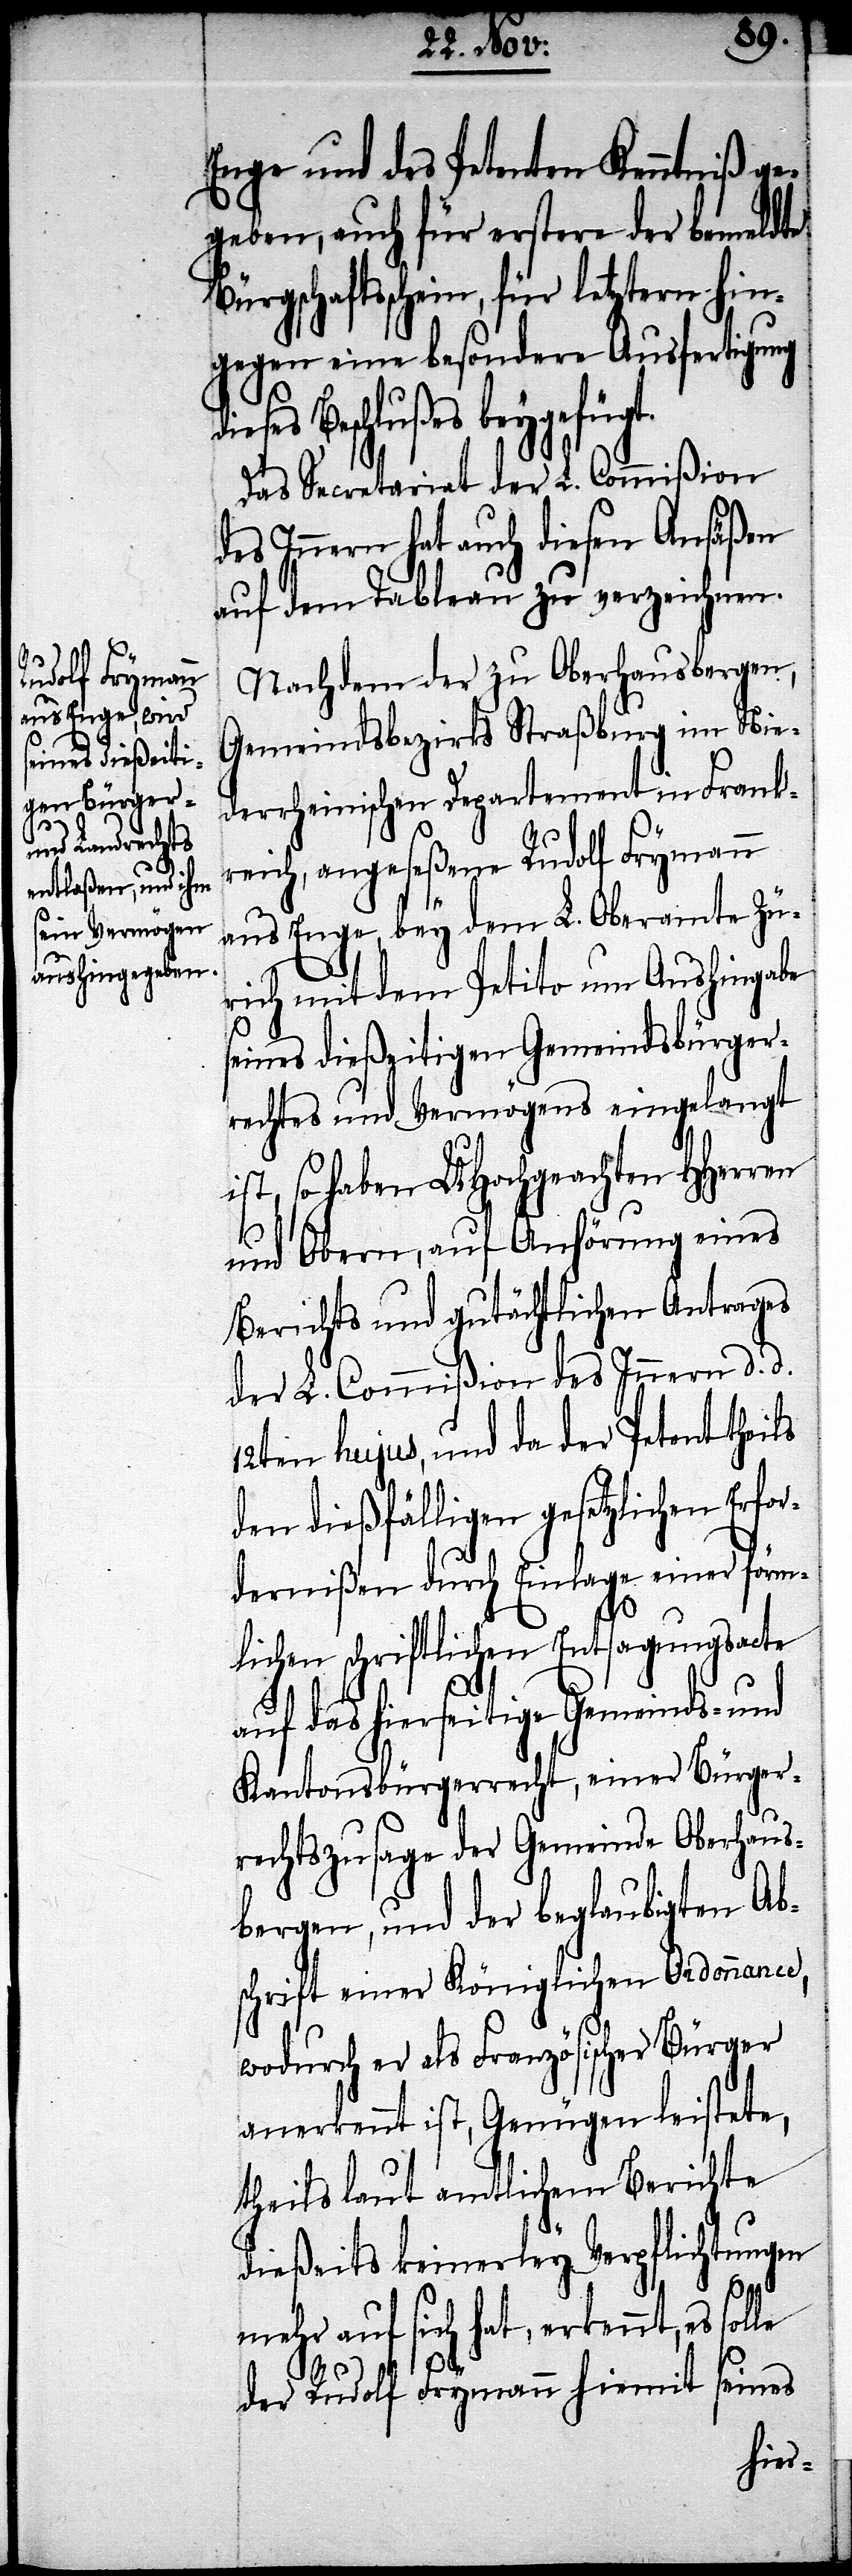
Enge und des Petenten Kenntniß ge¬
geben, auch für erstere der bemeldte
Bürgschaftsschein, für letztern hin¬
gegen eine besonderer Ausfertigung
es Beschlußes beygefügt.
Das Secretariat der L. Commißion
des Innern hat auch diesen Ansäßen
auf dem Tableau zu verzeichnen.
Nachdem der zu Oberhausbergen,
Gemeindsbezirk Straßburg im Nie¬
derrheinischen Departement in Frank¬
reich, angeseßene Rudolf Frymann
aus Enge, bey dem L. Oberamte Zü¬
rich mit dem Petito um Aushingabe
seines dießseitigen Gemeindsbürger¬
rechtes und Vermögens eingelangt
ist, so haben UHochgeachten HHerren
und Obern, auf Anhörung eines
Berichts und gutächtlichen Antrages
der L. Commißion des Innern d. d.
12ten hujus, und da der Petent theils
den dießfälligen gesetzlichen Erford¬
lichen schriftlichen Entsagungsacte
auf das hierseitige Gemeinds- und
Kantonsbürgerrecht, einer Bürger¬
rechtszusage der Gemeinde Oberhaus¬
bergen, und der beglaubigten Ab¬
schrift einer Königlichen Ordonnance,
wodurch er als Französischer Bürger
anerkennt ist, Genügen leistete,
theils laut amtlichem Berichte
dießeits keinerley Verpflichtungen
förm¬
mehr auf sich hat, erkennt, es solle
der Rudolf Frymann hiemit seines
dies¬